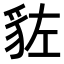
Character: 𧲭